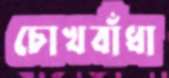
চোখবাঁধা